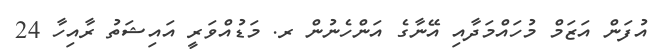
އުފަން އަޒަމް މުހައްމަދާއި އޭނާގެ އަންހެނުން ރ. މަޑުއްވަރީ އައިޝަތު ރާއިހާ 24